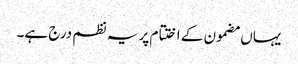
یہاں مضمون کے اختتام پر یہ نظم درج ہے۔